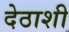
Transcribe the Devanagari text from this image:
देठाशी